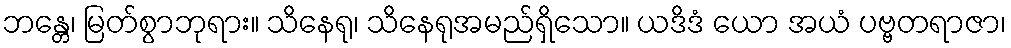
ဘန္တေ၊ မြတ်စွာဘုရား။ သိနေရု၊ သိနေရုအမည်ရှိသော။ ယဒိဒံ ယော အယံ ပဗ္ဗတရာဇာ၊